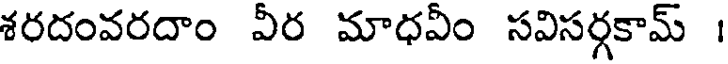
శరదంవరదాం వీర మాధవీం సవిసర్గకామ్